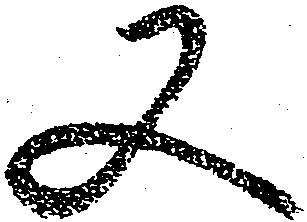
又